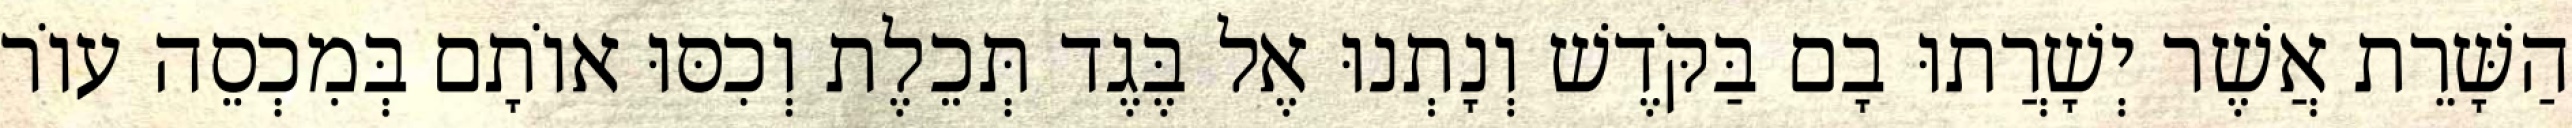
הַשָּׁרֵת אֲשֶׁר יְשָׁרֲתוּ בָם בַּקֹּדֶשׁ וְנָתְנוּ אֶל בֶּגֶד תְּכֵלֶת וְכִסּוּ אוֹתָם בְּמִכְסֵה עוֹר